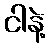
ငါနဲ့